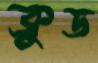
ক্রুড